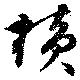
横